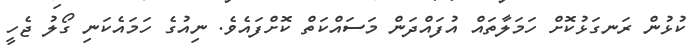
ކުޅުން ރަނގަޅުކޮށް ހަމަލާތައް އުފައްދަން މަސައްކަތް ކޮށްފައެވެ. ނިއުގެ ހަމައެކަނި ގޯލު ޖެހީ